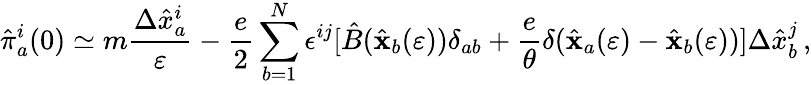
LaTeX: {\hat{\pi}}_{a}^{i}(0)\simeq m{\frac{\Delta{\hat{x}}_{a}^{i}}{\varepsilon}}-{\frac{e}{2}}\sum_{b=1}^{N}\epsilon^{ij}[{\hat{B}}({\hat{\mathbf x}}_{b}(\varepsilon))\delta_{ab}+{\frac{e}{\theta}}\delta({\hat{\mathbf x}}_{a}(\varepsilon)-{\hat{\mathbf x}}_{b}(\varepsilon))]\Delta{\hat{x}}_{b}^{j}\, ,